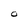
Character: O